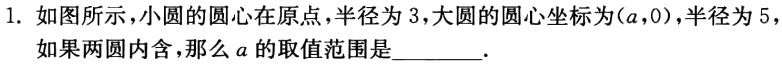
1. 如图所示，小圆的圆心在原点，半径为3，大圆的圆心坐标为\((a,0)\)，半径为5，如果两圆内含，那么\(a\)的取值范围是________．